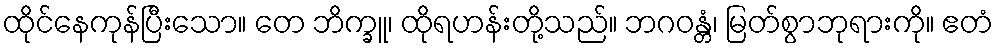
ထိုင်နေကုန်ပြီးသော။ တေ ဘိက္ခူ၊ ထိုရဟန်းတို့သည်။ ဘဂဝန္တံ၊ မြတ်စွာဘုရားကို။ ဧတံ